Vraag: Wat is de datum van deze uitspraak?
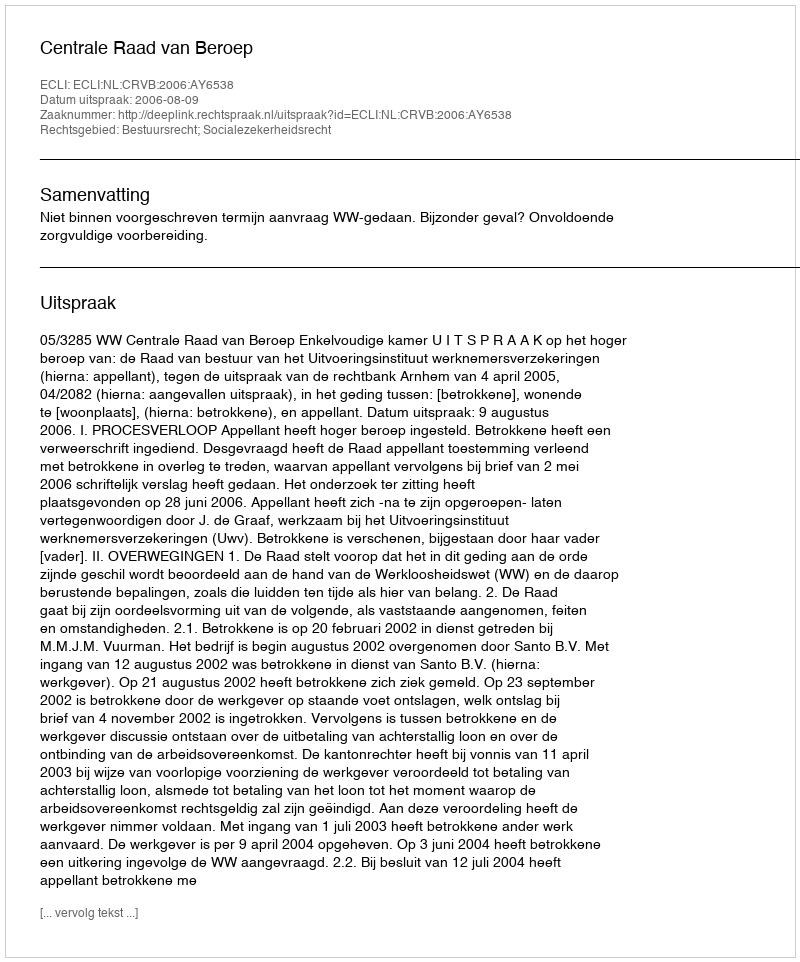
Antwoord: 2006-08-09